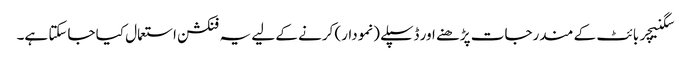
سگنیچر بائٹ کے مندرجات پڑھنے اور ڈسپلے (نمودار) کرنے کے لیے یہ فنکشن استعمال کیا جاسکتا ہے۔